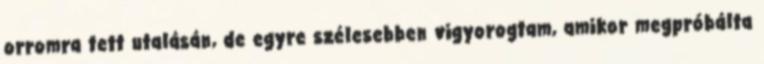
orromra tett utalásán, de egyre szélesebben vigyorogtam, amikor megpróbálta